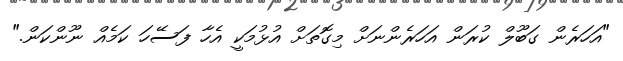
"އަހަރެން ގަބޫލް ކުރަން އަހަރެންނަށް މިގޮތަށް އުޅުމަކީ އެހާ ފަސޭހަ ކަމެއް ނޫންކަން."